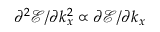
\partial ^ { 2 } \mathscr { E } / \partial k _ { x } ^ { 2 } \propto \partial \mathscr { E } / \partial k _ { x }